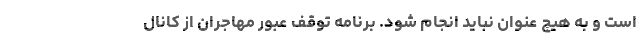
است و به هیچ عنوان نباید انجام شود. برنامه توقف عبور مهاجران از کانال